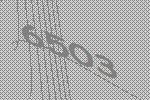
6503